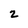
Character: 2